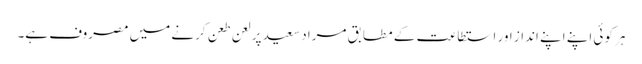
ہر کوئی اپنے اپنے انداز اور استطاعت کے مطابق مراد سعید پر لعن طعن کرنے میں مصروف ہے۔